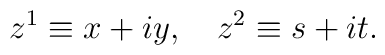
z^{1}\equiv x+iy,~~~z^{2}\equiv s+it.